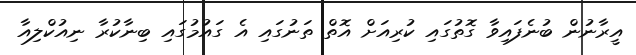
އީރާނުން ބުނެފައިވާ ގޮތުގައި ކުރިއަށް އޮތް ތަނުގައި އެ ގައުމުގައި ބިނާކުރާ ނިއުކްލިއާ